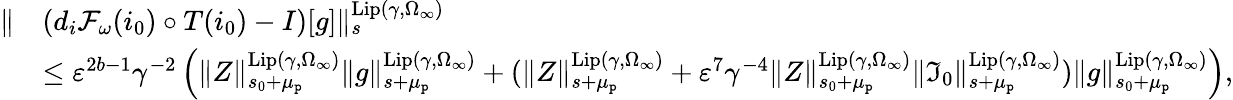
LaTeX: \begin{array}{rl}{\rVert}&{\left(d_{i}\mathcal{F}_{\omega}(i_{0})\circ T(i_{0})-I\right)[g]\rVert_{s}^{\mathrm{Lip}(\gamma,\Omega_{\infty})}}\\ &{\le\varepsilon^{2b-1}\gamma^{-2}\left(\rVert Z\rVert_{s_{0}+\mu_{\mathtt{p}}}^{\mathrm{Lip}(\gamma,\Omega_{\infty})}\rVert g\rVert_{s+\mu_{\mathtt{p}}}^{\mathrm{Lip}(\gamma,\Omega_{\infty})}+(\rVert Z\rVert_{s+\mu_{\mathtt{p}}}^{\mathrm{Lip}(\gamma,\Omega_{\infty})}+\varepsilon^{7}\gamma^{-4}\rVert Z\rVert_{s_{0}+\mu_{\mathtt{p}}}^{\mathrm{Lip}(\gamma,\Omega_{\infty})}\rVert\mathfrak{I}_{0}\rVert_{s+\mu_{\mathtt{p}}}^{\mathrm{Lip}(\gamma,\Omega_{\infty})})\rVert g\rVert_{s_{0}+\mu_{\mathtt{p}}}^{\mathrm{Lip}(\gamma,\Omega_{\infty})}\right),}\end{array}